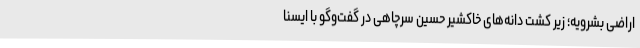
اراضی بشرویه؛ زیر کشت دانه‌های خاکشیر حسین سرچاهی در گفت‌وگو با ایسنا